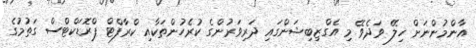
އާންމުންނަށް ހިލޭ ވަދެވޭ މި އެގްޒިބިޝަންގައި ދަރިވަރުންގެ ކުރެހުންތަކާއި ކްރާފްޓް ޕްރޮޑަކްޓްސް ގަތުމުގެ